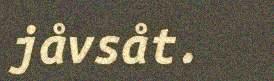
jåvsåt.